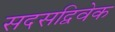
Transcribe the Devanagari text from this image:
सदसद्विवेक